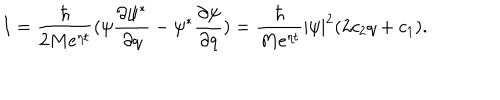
LaTeX: I = \frac \hbar { 2 M e ^ { \eta t } } ( \psi \frac { \partial \psi ^ { * } } { \partial q } - \psi ^ { * } \frac { \partial \psi } { \partial q } ) = \frac \hbar { M e ^ { \eta t } } | \psi | ^ { 2 } ( 2 c _ { 2 } q + c _ { 1 } ) .